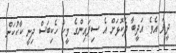
ދީފަ އެވެ. އަދީބާ ދެކޮޅަށް އެ ސިފައިންގެ މީހާ ހެކިބަސް ދިނީ ކާކުކަން